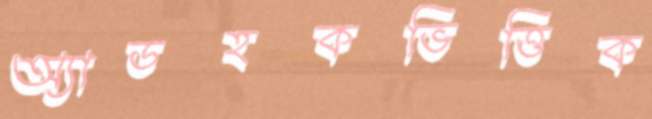
অ্যাডহকভিত্তিক